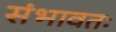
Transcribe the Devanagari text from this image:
संभावतः